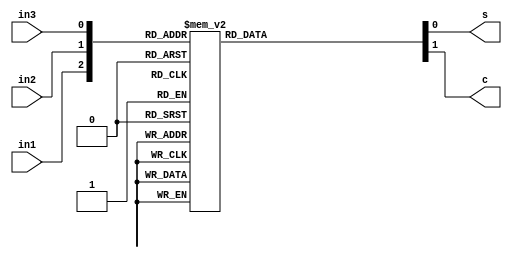
module full_adder(
	input wire in1,in2,in3,
	output reg s,c
	);

always@(*)begin
	case({in1,in2,in3})
		3'b000:begin
				s = 1'b0;
				c = 1'b0;
			  end
		3'b001:begin
				s = 1'b1;
				c = 1'b0;
			  end
		3'b010:begin
				s = 1'b1;
				c = 1'b0;
			  end
		3'b011:begin
				s = 1'b0;
				c = 1'b1;
			  end
		3'b100:begin
				s = 1'b1;
				c = 1'b0;
			  end
		3'b101:begin
				s = 1'b0;
				c = 1'b1;
			  end
		3'b110:begin
				s = 1'b0;
				c = 1'b1;
			  end
		3'b111:begin
				s = 1'b1;
				c = 1'b1;
			  end			  
endcase
end
endmodule